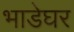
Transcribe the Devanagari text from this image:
भाडेघर